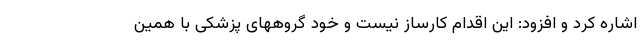
اشاره کرد و افزود: این اقدام کارساز نیست و خود گروههای پزشکی با همین